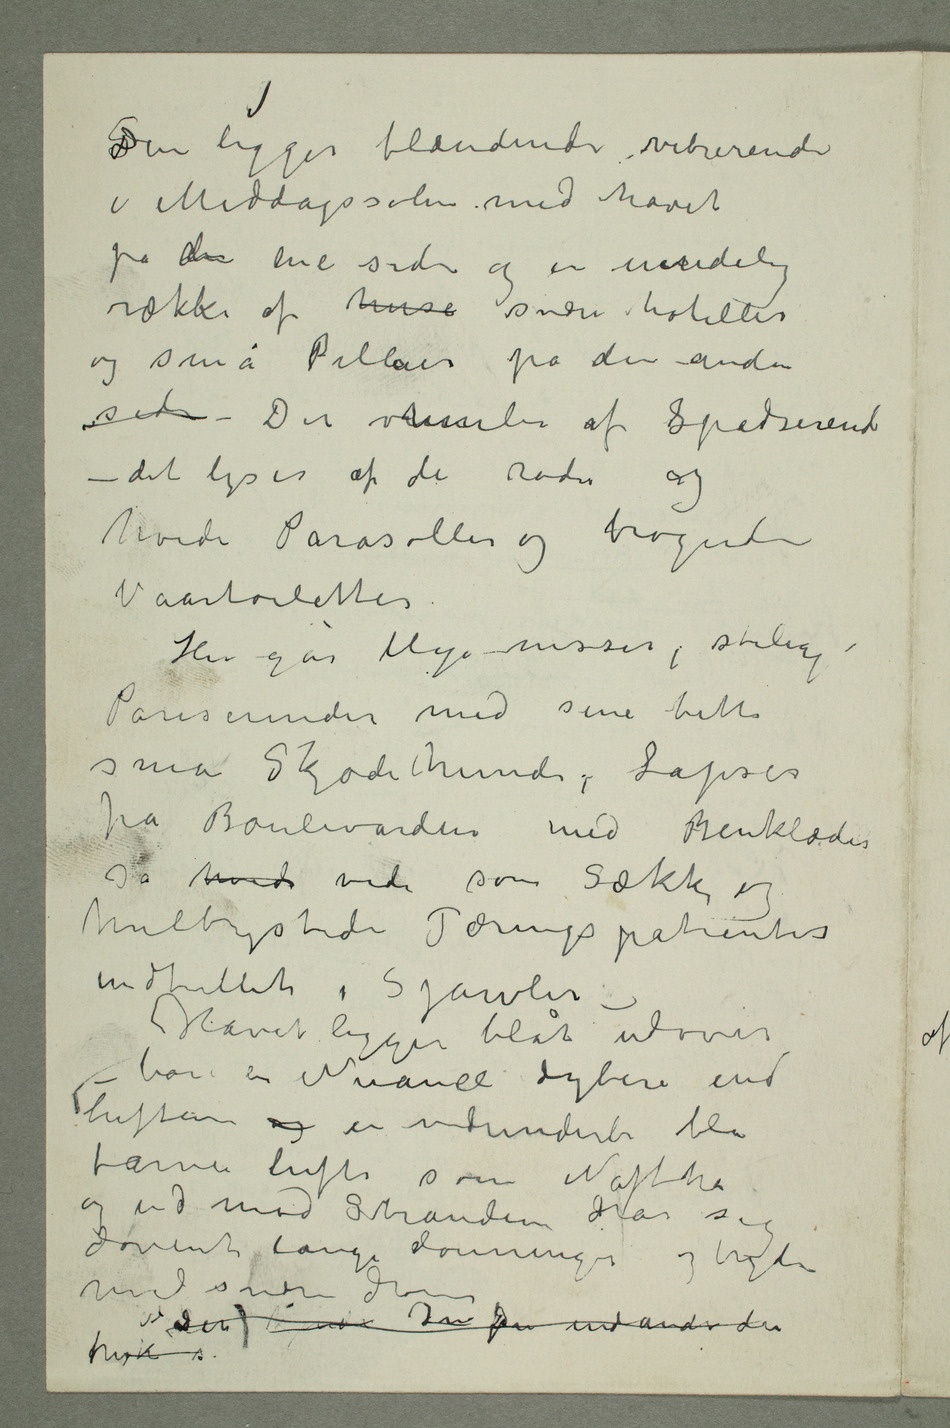
SDen ligger blændende vibrerende
i Middagssolen med havet
på eneden ene side og en uendelig
række af huse svære hoteller
og små Pillaer på den anden
side – Det vrimler af Spadserende –
det lyser af de røde og
hvide Parasoller og brogede
Vaartoiletter
Her går blege misser, stilige
Pariserinder med sine bitte
små Skjødehunde, Lapser
fra Boulevardene med Benklæder
så hvid vide som sække og
hulbrystede Tæringspatienter
indtullet i Sjawler –
Havet ligger blåt udover –
bare en Nuance dybere end
luften og en vidunderli blå
farve lufti som Naftha
og ud mod Stranden drar sig
dovent lange dønninger og bryder
med svære drøn Der